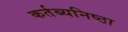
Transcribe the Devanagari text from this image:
कर्तब्यनिष्ठा